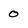
Character: 0